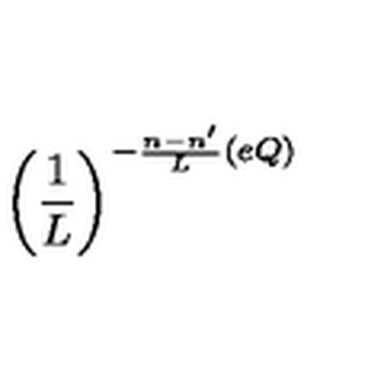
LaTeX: \left( \frac { 1 } { L } \right) ^ { - \frac { n - n ^ { \prime } } { L } ( e Q ) }